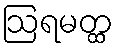
ဩရမတ္ထ